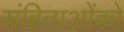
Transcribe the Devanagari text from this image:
संहिताओंको